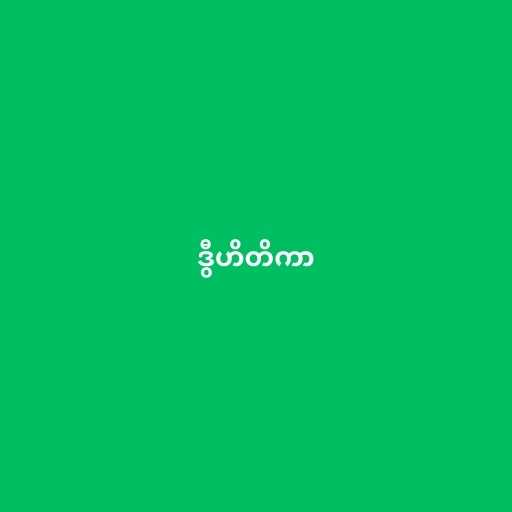
ဒွီဟိတိကာ